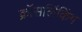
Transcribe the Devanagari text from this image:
क्रॉसलिंकिंग